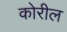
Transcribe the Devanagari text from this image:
कोरील